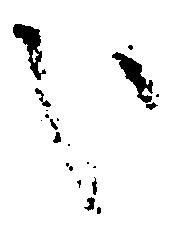
処